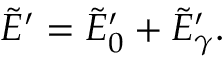
\tilde { E } ^ { \prime } = \tilde { E } _ { 0 } ^ { \prime } + \tilde { E } _ { \gamma } ^ { \prime } .